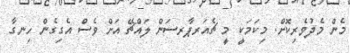
މެން މެދުވެރިކޮށް. މިކަމަކީ މީ ޗެއަރޕާރސަން ލައްޗޭ އަށް ވެސް އެގިގެން ހިނގާ